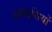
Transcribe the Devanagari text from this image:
आवासियों